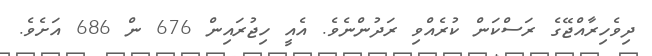
ދިވެހިރާއްޖޭގެ ރަސްކަން ކުރެއްވި ރަދުންނެވެ. އެއީ ހިޖުރައިން 676 ން 686 އަށެވެ.